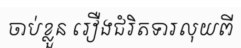
ចាប់ខ្លួន រឿងជំរិតទារលុយពី